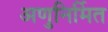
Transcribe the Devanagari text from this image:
अणुनिर्मित